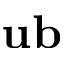
\mathbf { u b }